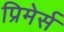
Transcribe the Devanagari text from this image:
प्रिमेर्स